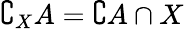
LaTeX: \complement_{X}A=\complement A\cap X